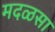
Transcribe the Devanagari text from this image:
मदळसा